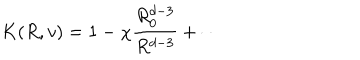
LaTeX: K ( R , v ) = 1 - \chi \frac { R _ { 0 } ^ { d - 3 } } { R ^ { d - 3 } } + \cdots